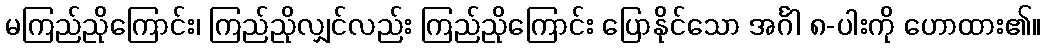
မကြည်ညိုကြောင်း၊ ကြည်ညိုလျှင်လည်း ကြည်ညိုကြောင်း ပြောနိုင်သော အင်္ဂါ ၈-ပါးကို ဟောထား၏။